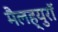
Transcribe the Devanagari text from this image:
मैलह्युरॉ